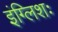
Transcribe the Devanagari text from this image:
इंग्लिशः